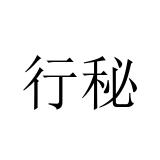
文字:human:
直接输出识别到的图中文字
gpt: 行秘